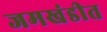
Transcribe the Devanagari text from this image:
जमखंडीत